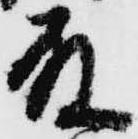
殿